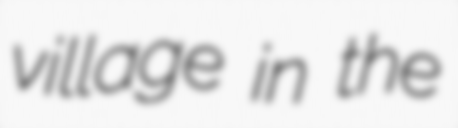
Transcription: village in the